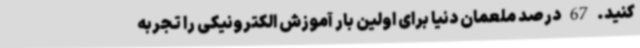
کنید. 67 درصد ملعمان دنیا برای اولین بار آموزش الکترونیکی را تجربه